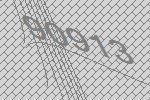
90913